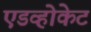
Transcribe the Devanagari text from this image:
एडव्होकेट